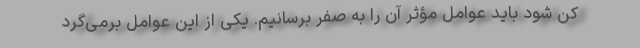
کن شود باید عوامل مؤثر آن را به صفر برسانیم. یکی از این عوامل برمی‌گرد